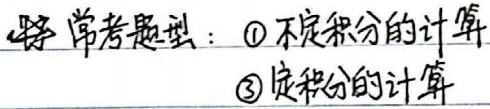
常考题型：
\textcircled{1} 不定积分的计算
\textcircled{3} 定积分的计算